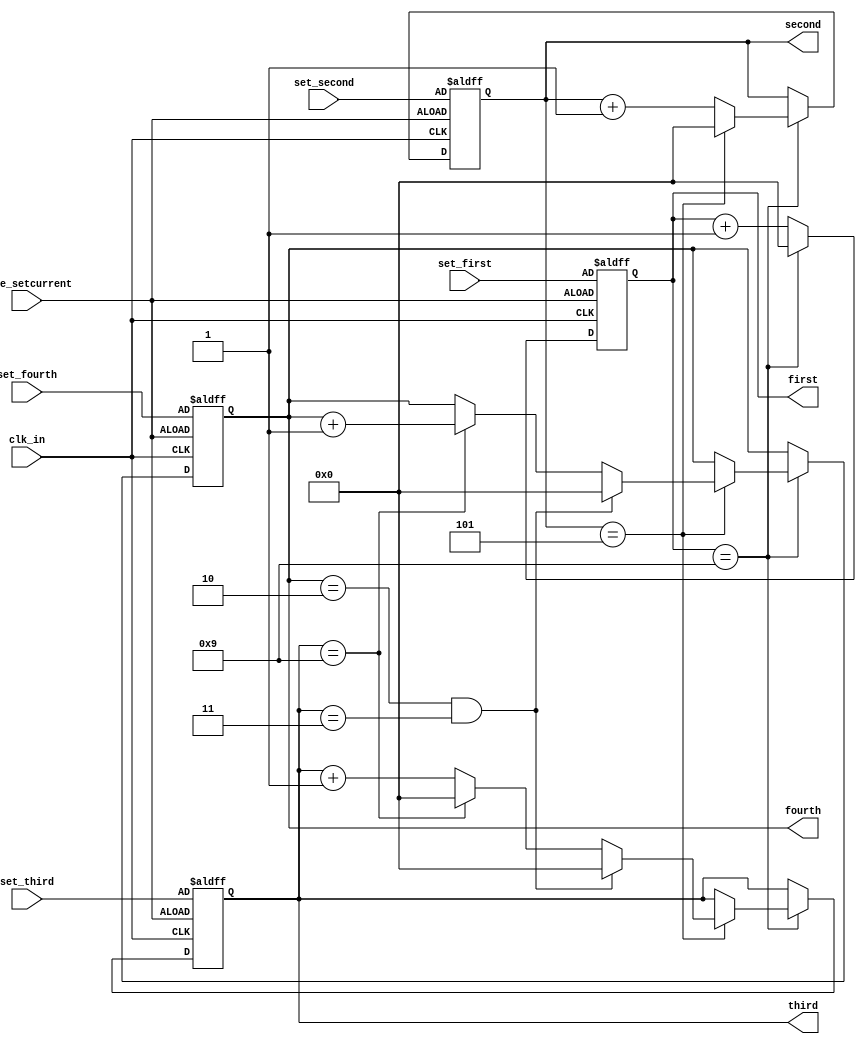
module counter_min(
    input clk_in,
    input mode_setcurrent,
    input [3:0] set_first,
    input [3:0] set_second,
    input [3:0] set_third,
    input [3:0] set_fourth,
    output reg [3:0] first,
    output reg [3:0] second,
    output reg [3:0] third,
    output reg [3:0] fourth
    );
    initial first = 0;
    initial second = 0;
    initial third = 0;
    initial fourth = 0;
	
  
    always @(posedge clk_in or posedge mode_setcurrent)
    begin //end 38
        if(mode_setcurrent)
        begin
            first <= set_first;
            second <= set_second;
            third <= set_third;
            fourth <= set_fourth;
        end
        else
        begin    
            if(first == 9) begin  //end 32 case
               first <= 0;
               if (second == 5)begin
                  second <= 0;
                  if (fourth == 2 && third == 3)begin//25    24.00
                    first <= 0;
                    second <= 0;
                    fourth <= 0;
                    third <= 0;
                 end//20
                 else if(third == 9) begin//29
                    third <= 0;
                    fourth <= fourth + 1;
                    end//26
                  else
                    third <= third + 1;
               end//16
              else 
                second <= second + 1;
              end
            else
                first <= first + 1;
        end
	end//beggin 14
endmodule